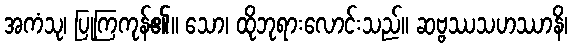
အကံသု၊ ပြုကြကုန်၏။ သော၊ ထိုဘုရားလောင်းသည်။ ဆဗ္ဗဿသဟဿာနိ၊